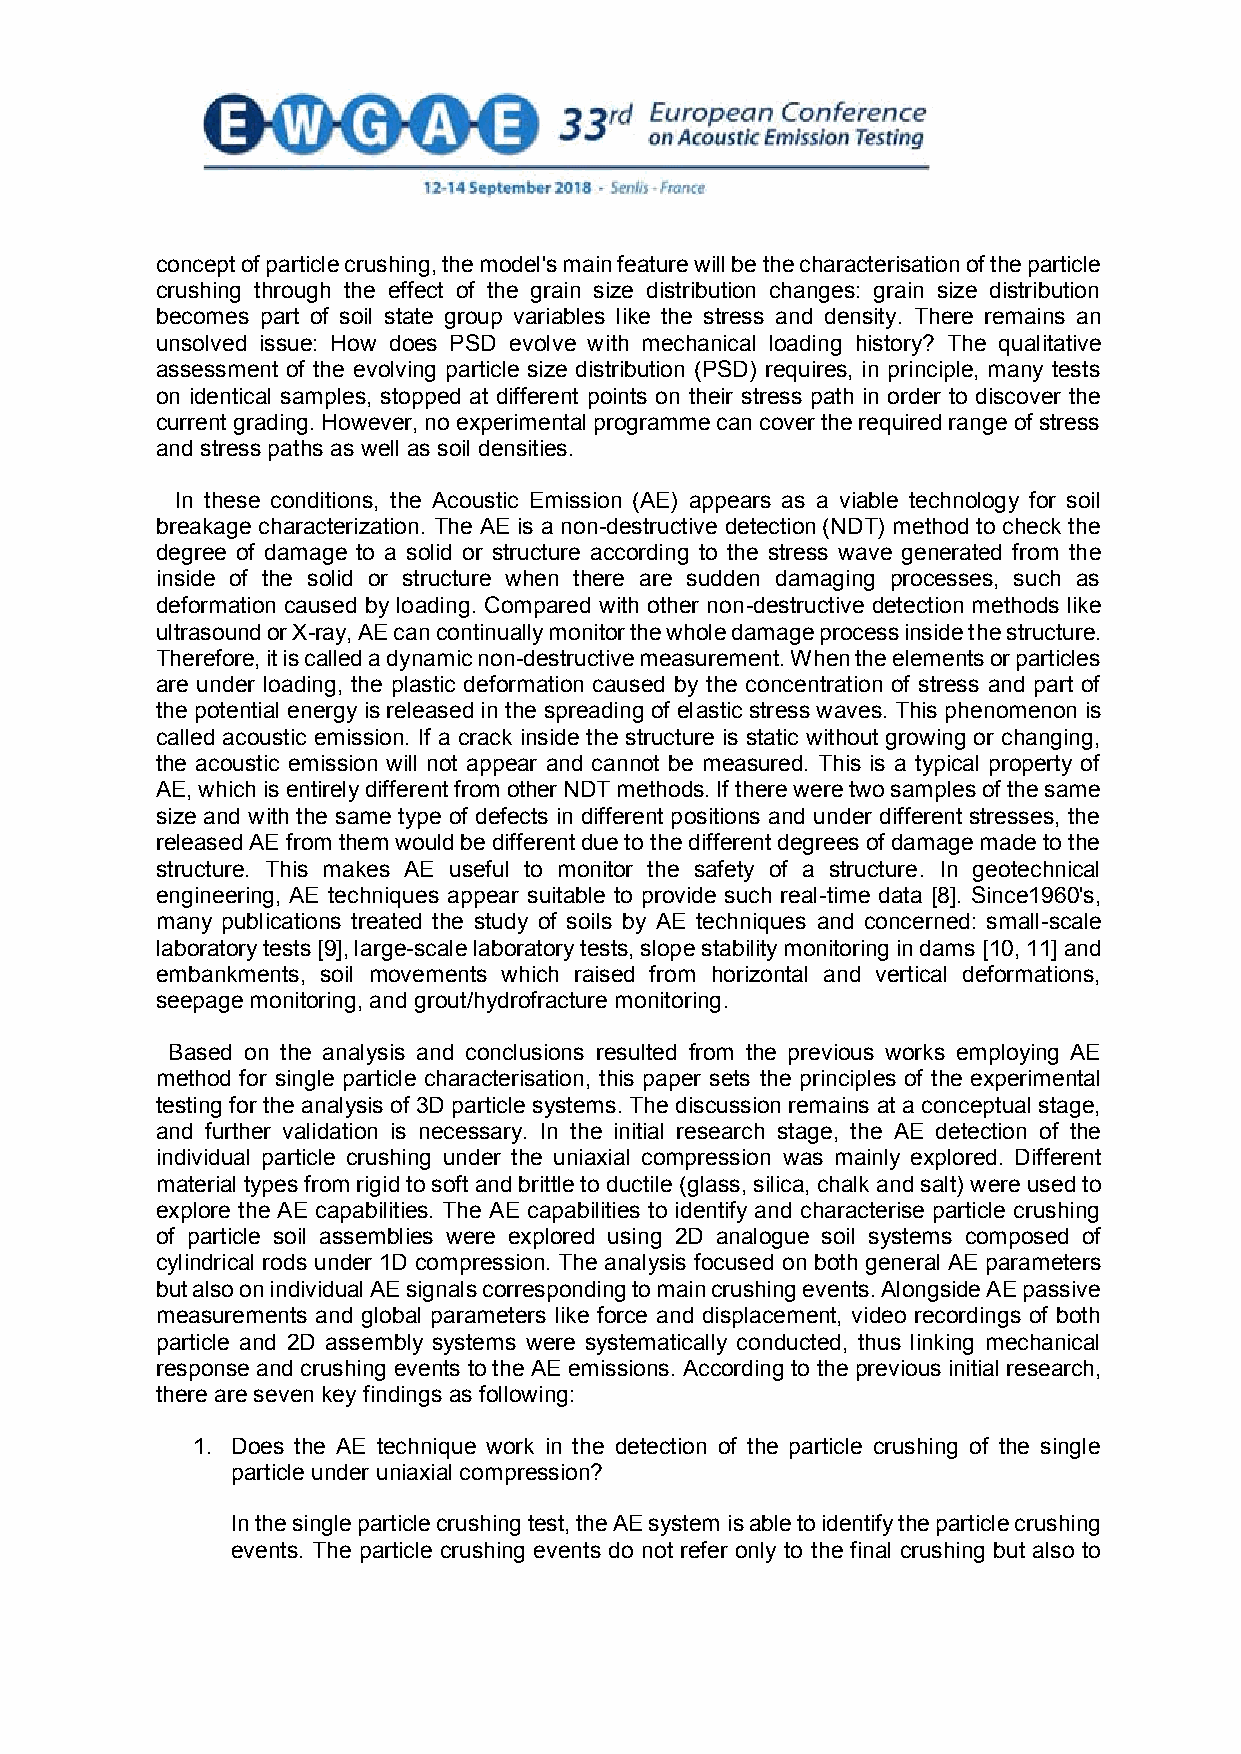
concept of particle crushing, the model's main feature will be the characterisation of the particle
 crushing through the effect of the grain size distribution changes: grain size distribution
 becomes part of soil state group variables like the stress and density. There remains an
 unsolved issue: How does PSD evolve with mechanical loading history? The qualitative
 assessment of the evolving particle size distribution (PSD) requires, in principle, many tests
 on identical samples, stopped at different points on their stress path in order to discover the
 current grading. However, no experimental programme can cover the required range of stress
 and stress paths as well as soil densities.
 In these conditions, the Acoustic Emission (AE) appears as a viable technology for soil
 breakage characterization. The AE is a non-destructive detection (NDT) method to check the
 degree of damage to a solid or structure according to the stress wave generated from the
 inside of the solid or structure when there are sudden damaging processes, such as
 deformation caused by loading. Compared with other non-destructive detection methods like
 ultrasound or X-ray, AE can continually monitor the whole damage process inside the structure.
 Therefore, it is called a dynamic non-destructive measurement. When the elements or particles
 are under loading, the plastic deformation caused by the concentration of stress and part of
 the potential energy is released in the spreading of elastic stress waves. This phenomenon is
 called acoustic emission. If a crack inside the structure is static without growing or changing,
 the acoustic emission will not appear and cannot be measured. This is a typical property of
 AE, which is entirely different from other NDT methods. If there were two samples of the same
 size and with the same type of defects in different positions and under different stresses, the
 released AE from them would be different due to the different degrees of damage made to the
 structure. This makes AE useful to monitor the safety of a structure. In geotechnical
 engineering, AE techniques appear suitable to provide such real-time data [8]. Since1960's,
 many publications treated the study of soils by AE techniques and concerned: small-scale
 laboratory tests [9], large-scale laboratory tests, slope stability monitoring in dams [10, 11] and
 embankments, soil movements which raised from horizontal and vertical deformations,
 seepage monitoring, and grout/hydrofracture monitoring.
 Based on the analysis and conclusions resulted from the previous works employing AE
 method for single particle characterisation, this paper sets the principles of the experimental
 testing for the analysis of 3D particle systems. The discussion remains at a conceptual stage,
 and further validation is necessary. In the initial research stage, the AE detection of the
 individual particle crushing under the uniaxial compression was mainly explored. Different
 material types from rigid to soft and brittle to ductile (glass, silica, chalk and salt) were used to
 explore the AE capabilities. The AE capabilities to identify and characterise particle crushing
 of particle soil assemblies were explored using 2D analogue soil systems composed of
 cylindrical rods under 1D compression. The analysis focused on both general AE parameters
 but also on individual AE signals corresponding to main crushing events. Alongside AE passive
 measurements and global parameters like force and displacement, video recordings of both
 particle and 2D assembly systems were systematically conducted, thus linking mechanical
 response and crushing events to the AE emissions. According to the previous initial research,
 there are seven key findings as following:
 1. Does the AE technique work in the detection of the particle crushing of the single
 particle under uniaxial compression?
 In the single particle crushing test, the AE system is able to identify the particle crushing
 events. The particle crushing events do not refer only to the final crushing but also to
 2